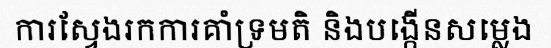
ការស្វែងរកការគាំទ្រមតិ និងបង្កើនសម្លេង